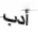
أدب